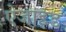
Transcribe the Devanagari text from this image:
ऐजाइड